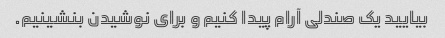
بیایید یک صندلی آرام پیدا کنیم و برای نوشیدن بنشینیم.